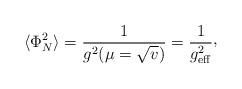
LaTeX: \begin{align*}\langle\Phi_{N}^{2}\rangle = {1\over g^{2}(\mu =\sqrt{v})}={1\over g_{\rm eff}^{2}}\raise 2pt\hbox{,}\end{align*}